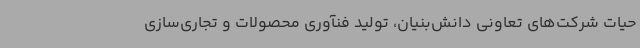
حیات شرکت‌های تعاونی دانش‌بنیان، تولید فنآوری محصولات و تجاری‌سازی